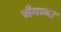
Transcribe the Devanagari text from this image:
चँगच्या